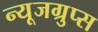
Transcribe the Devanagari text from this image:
न्यूजग्रुप्स